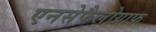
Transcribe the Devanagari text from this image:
एनसेफैलोग्राफ